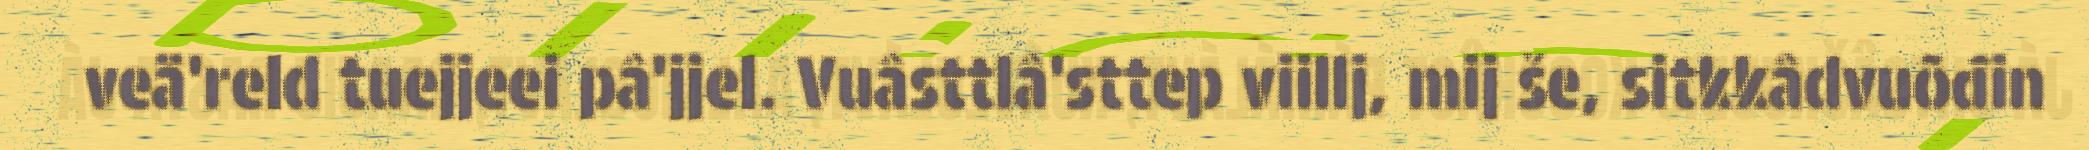
veä'reld tuejjeei pâ'jjel. Vuâsttlâ'sttep viillj, mij še, sitkkâdvuõđin